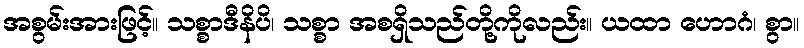
အစွမ်းအားဖြင့်။ သစ္စာဒီနိပိ၊ သစ္စာ အစရှိသည်တို့ကိုလည်း။ ယထာ ဟောဂံ၊ စွာ။